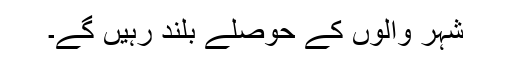
شہر والوں کے حوصلے بلند رہیں گے۔